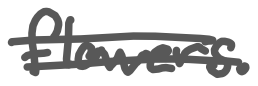
Text: flowers.
Cross-out: double-line
Writing tool: digital_gray